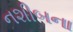
નશીબના